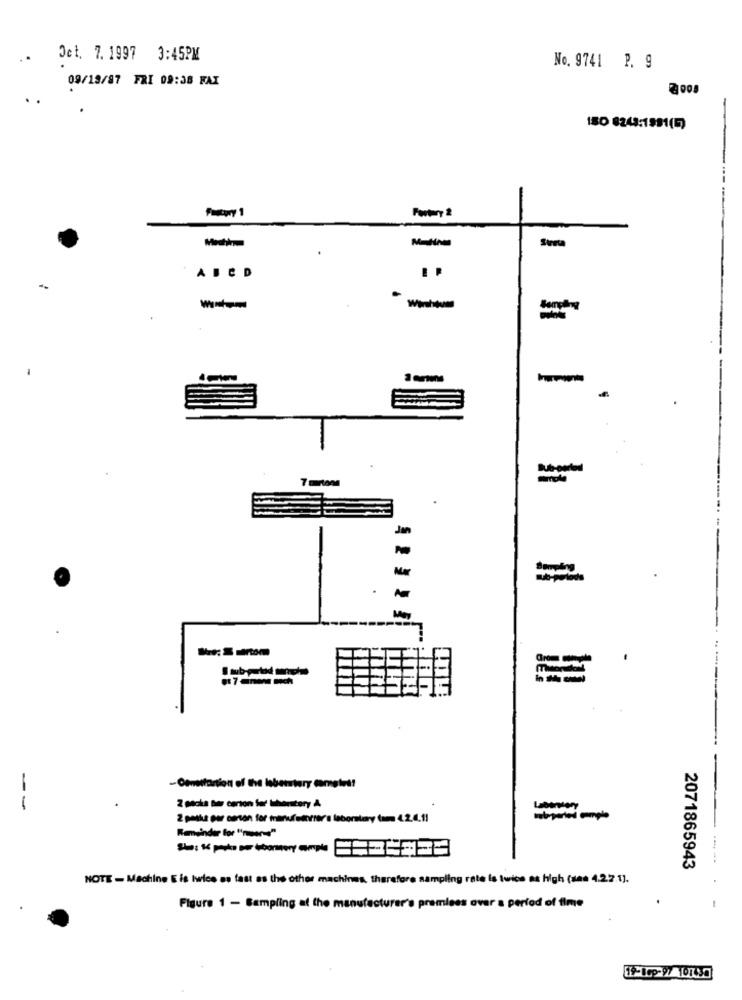
. .
Oct. 7. 1997 3:45PM
No. 9741 P. 9
09/13/87 FRI 09:38 FAI
2000
180 8243:1981(57
Streta
ABCD
-
Wirshtuns
7 mrton
Jan
-Cantartion of the lebenstary comptes!
--
2 macka Ber carton for laboratory A
2 petka per carton for manufemorrer a laboratory (ım 4.2.6.11
Reminder for "nuer="
2071865943
NOTE - Machine E is twice as fast as the other machines, therefore sampling rate is twice as high (see 4.2.2.1].
Figure 1 - Sampling at the manufacturer's premiees over a period of time